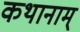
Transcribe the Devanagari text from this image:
कथानाम्